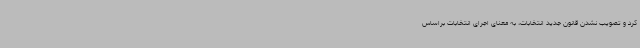
کرد و تصویب نشدن قانون جدید انتخابات، به معنای اجرای انتخابات براساس